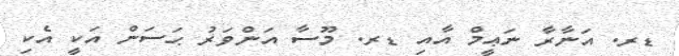
ޑރ. އަނާރާ ނަޢީމް އާއި ޑރ. މޫސާ އަންވަރު ޙަސަން އަކީ އެކި